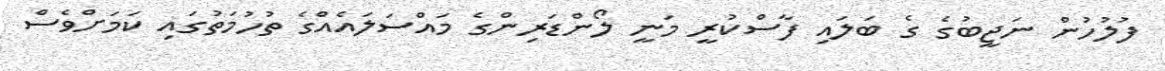
ފުލުހުން ނަޖީބުގެ ގެ ބަލައި ފާސްކުރީ މަނީ ލޯންޑަރިންގެ މައްސަލައެއްގެ ތުހުމަތުގައި ކަމަށްވެސް